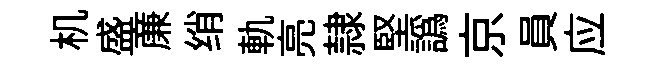
机盛亷绡軌亮隷堅譌京員应